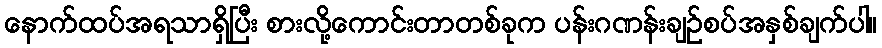
နောက်ထပ်အရသာရှိပြီး စားလို့ကောင်းတာတစ်ခုက ပန်းဂဏန်းချဉ်စပ်အနှစ်ချက်ပါ။